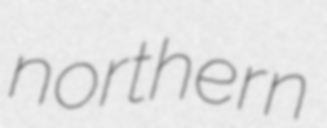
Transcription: northern